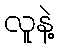
လူနဲ့